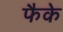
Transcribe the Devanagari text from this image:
फैके